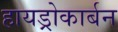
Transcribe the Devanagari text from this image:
हायड्रोकार्बन